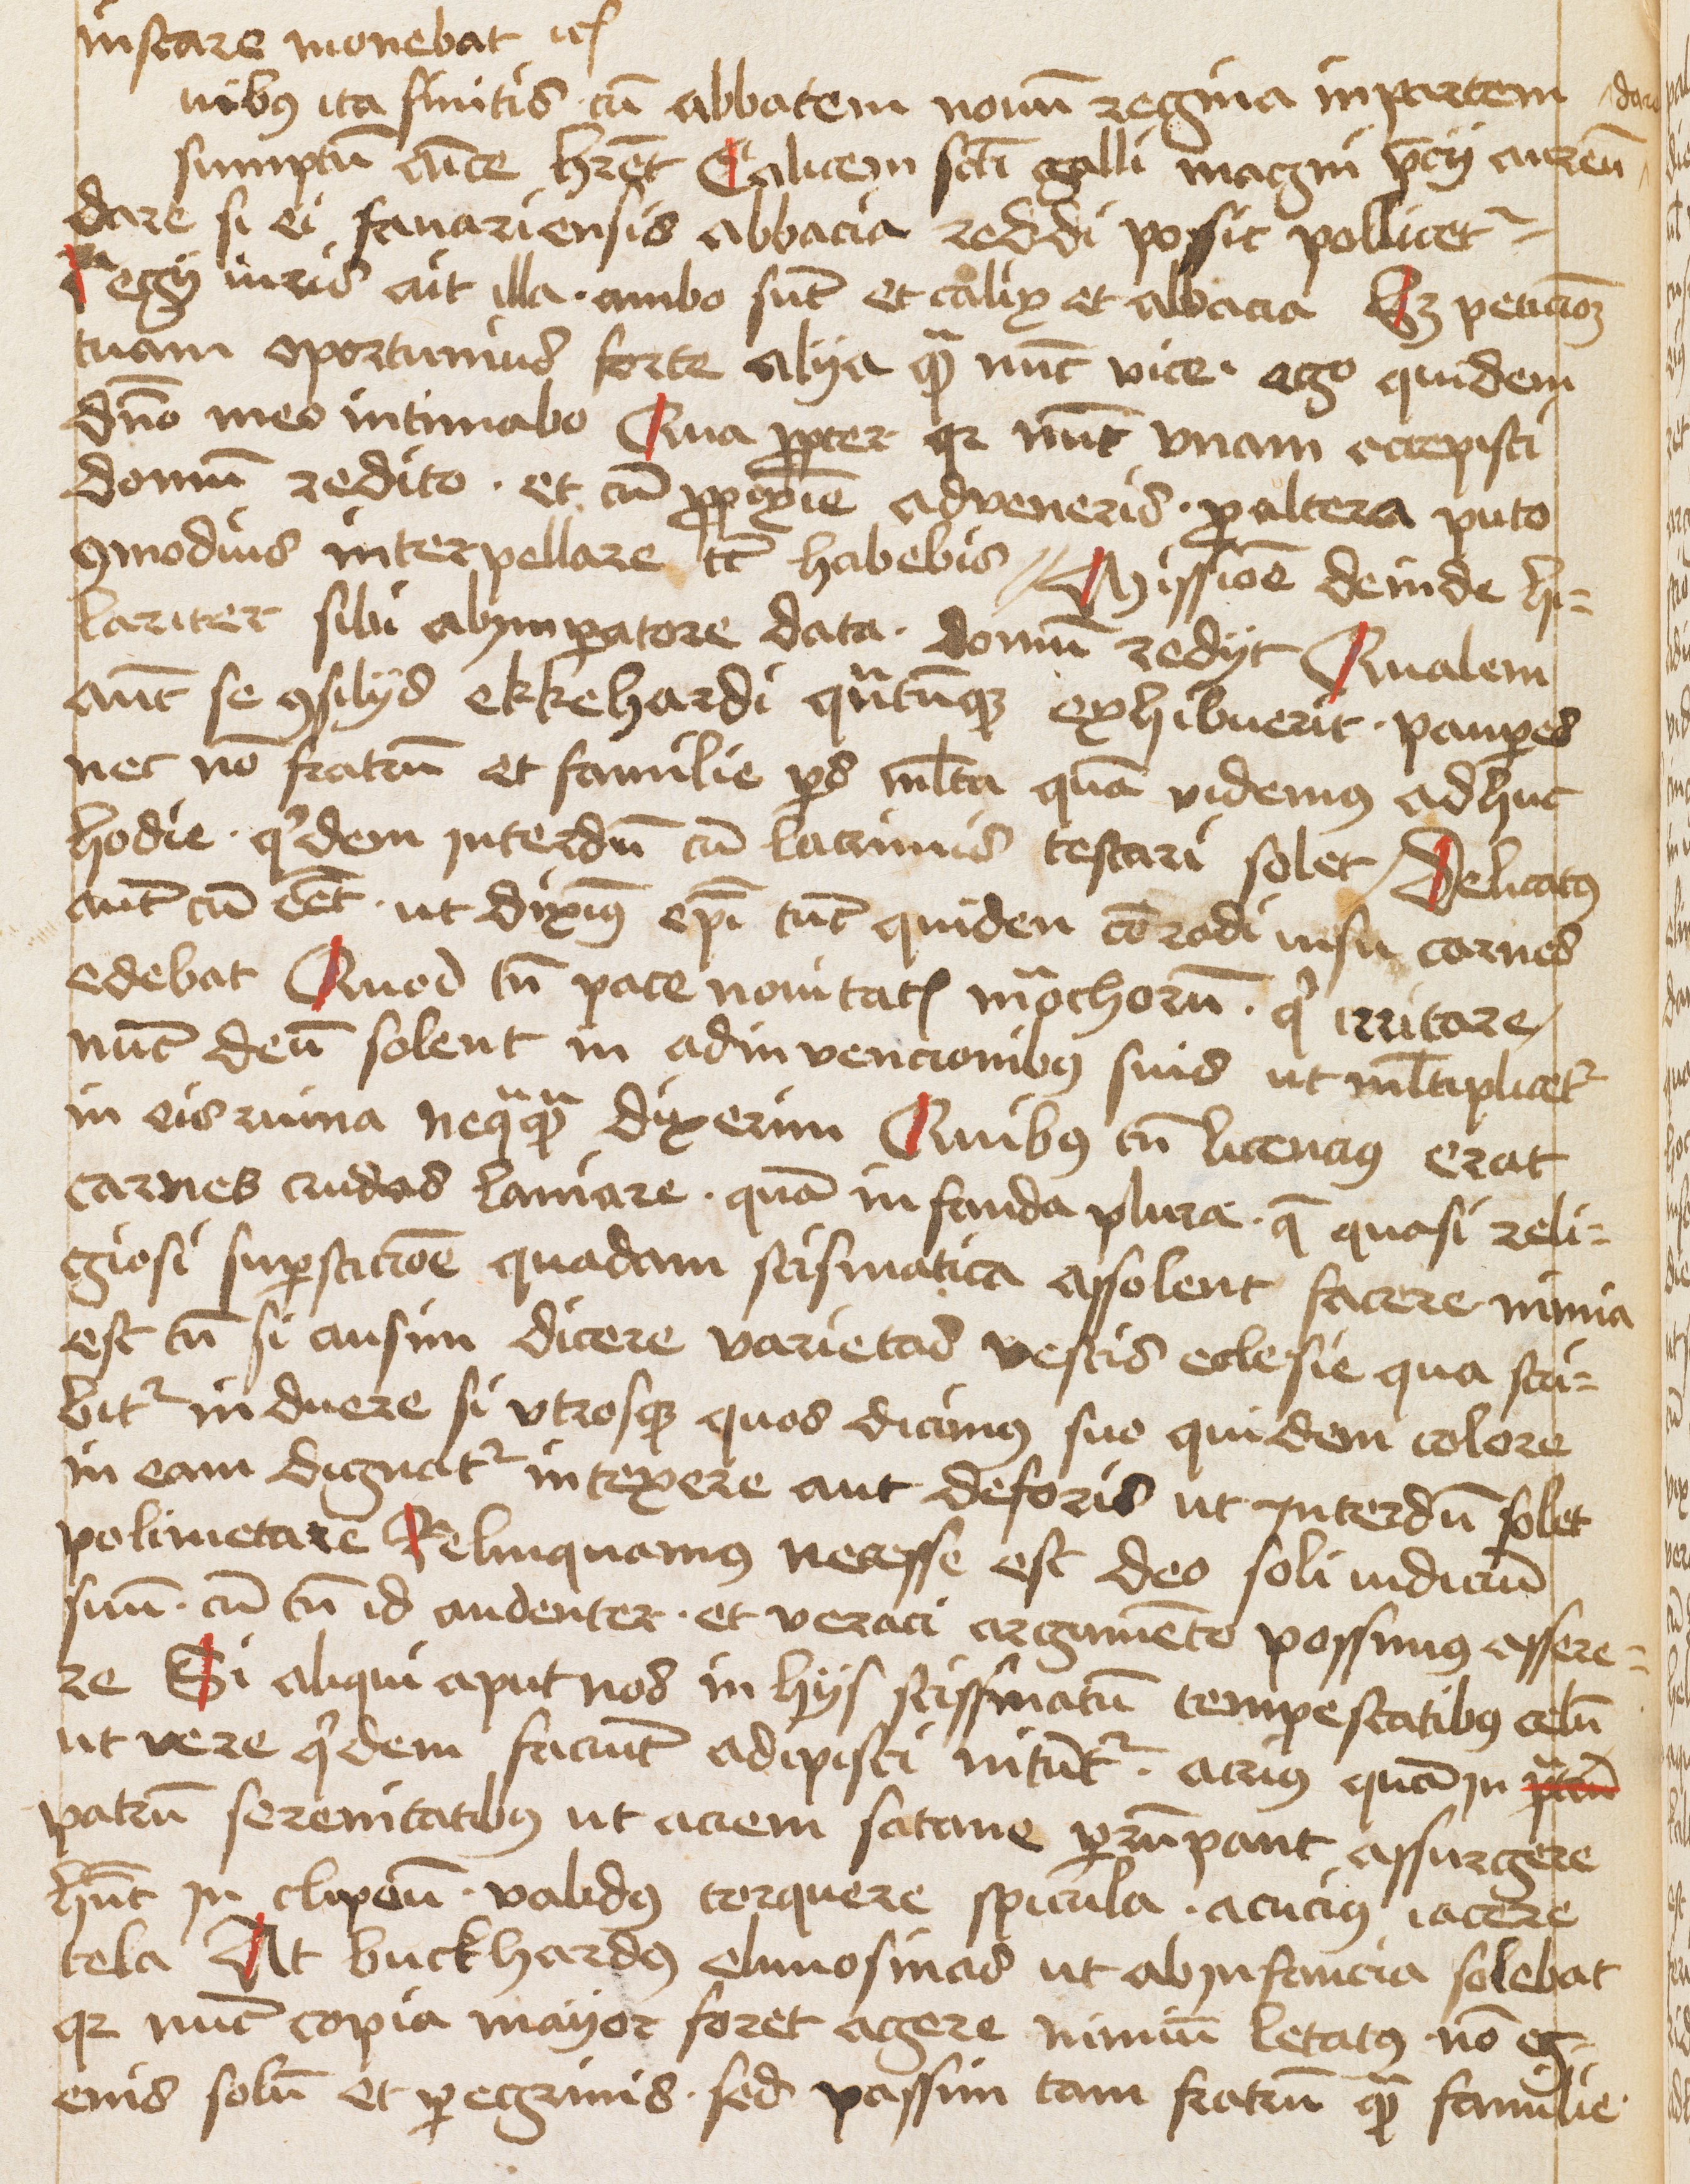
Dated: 1475–1495